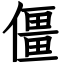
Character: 僵